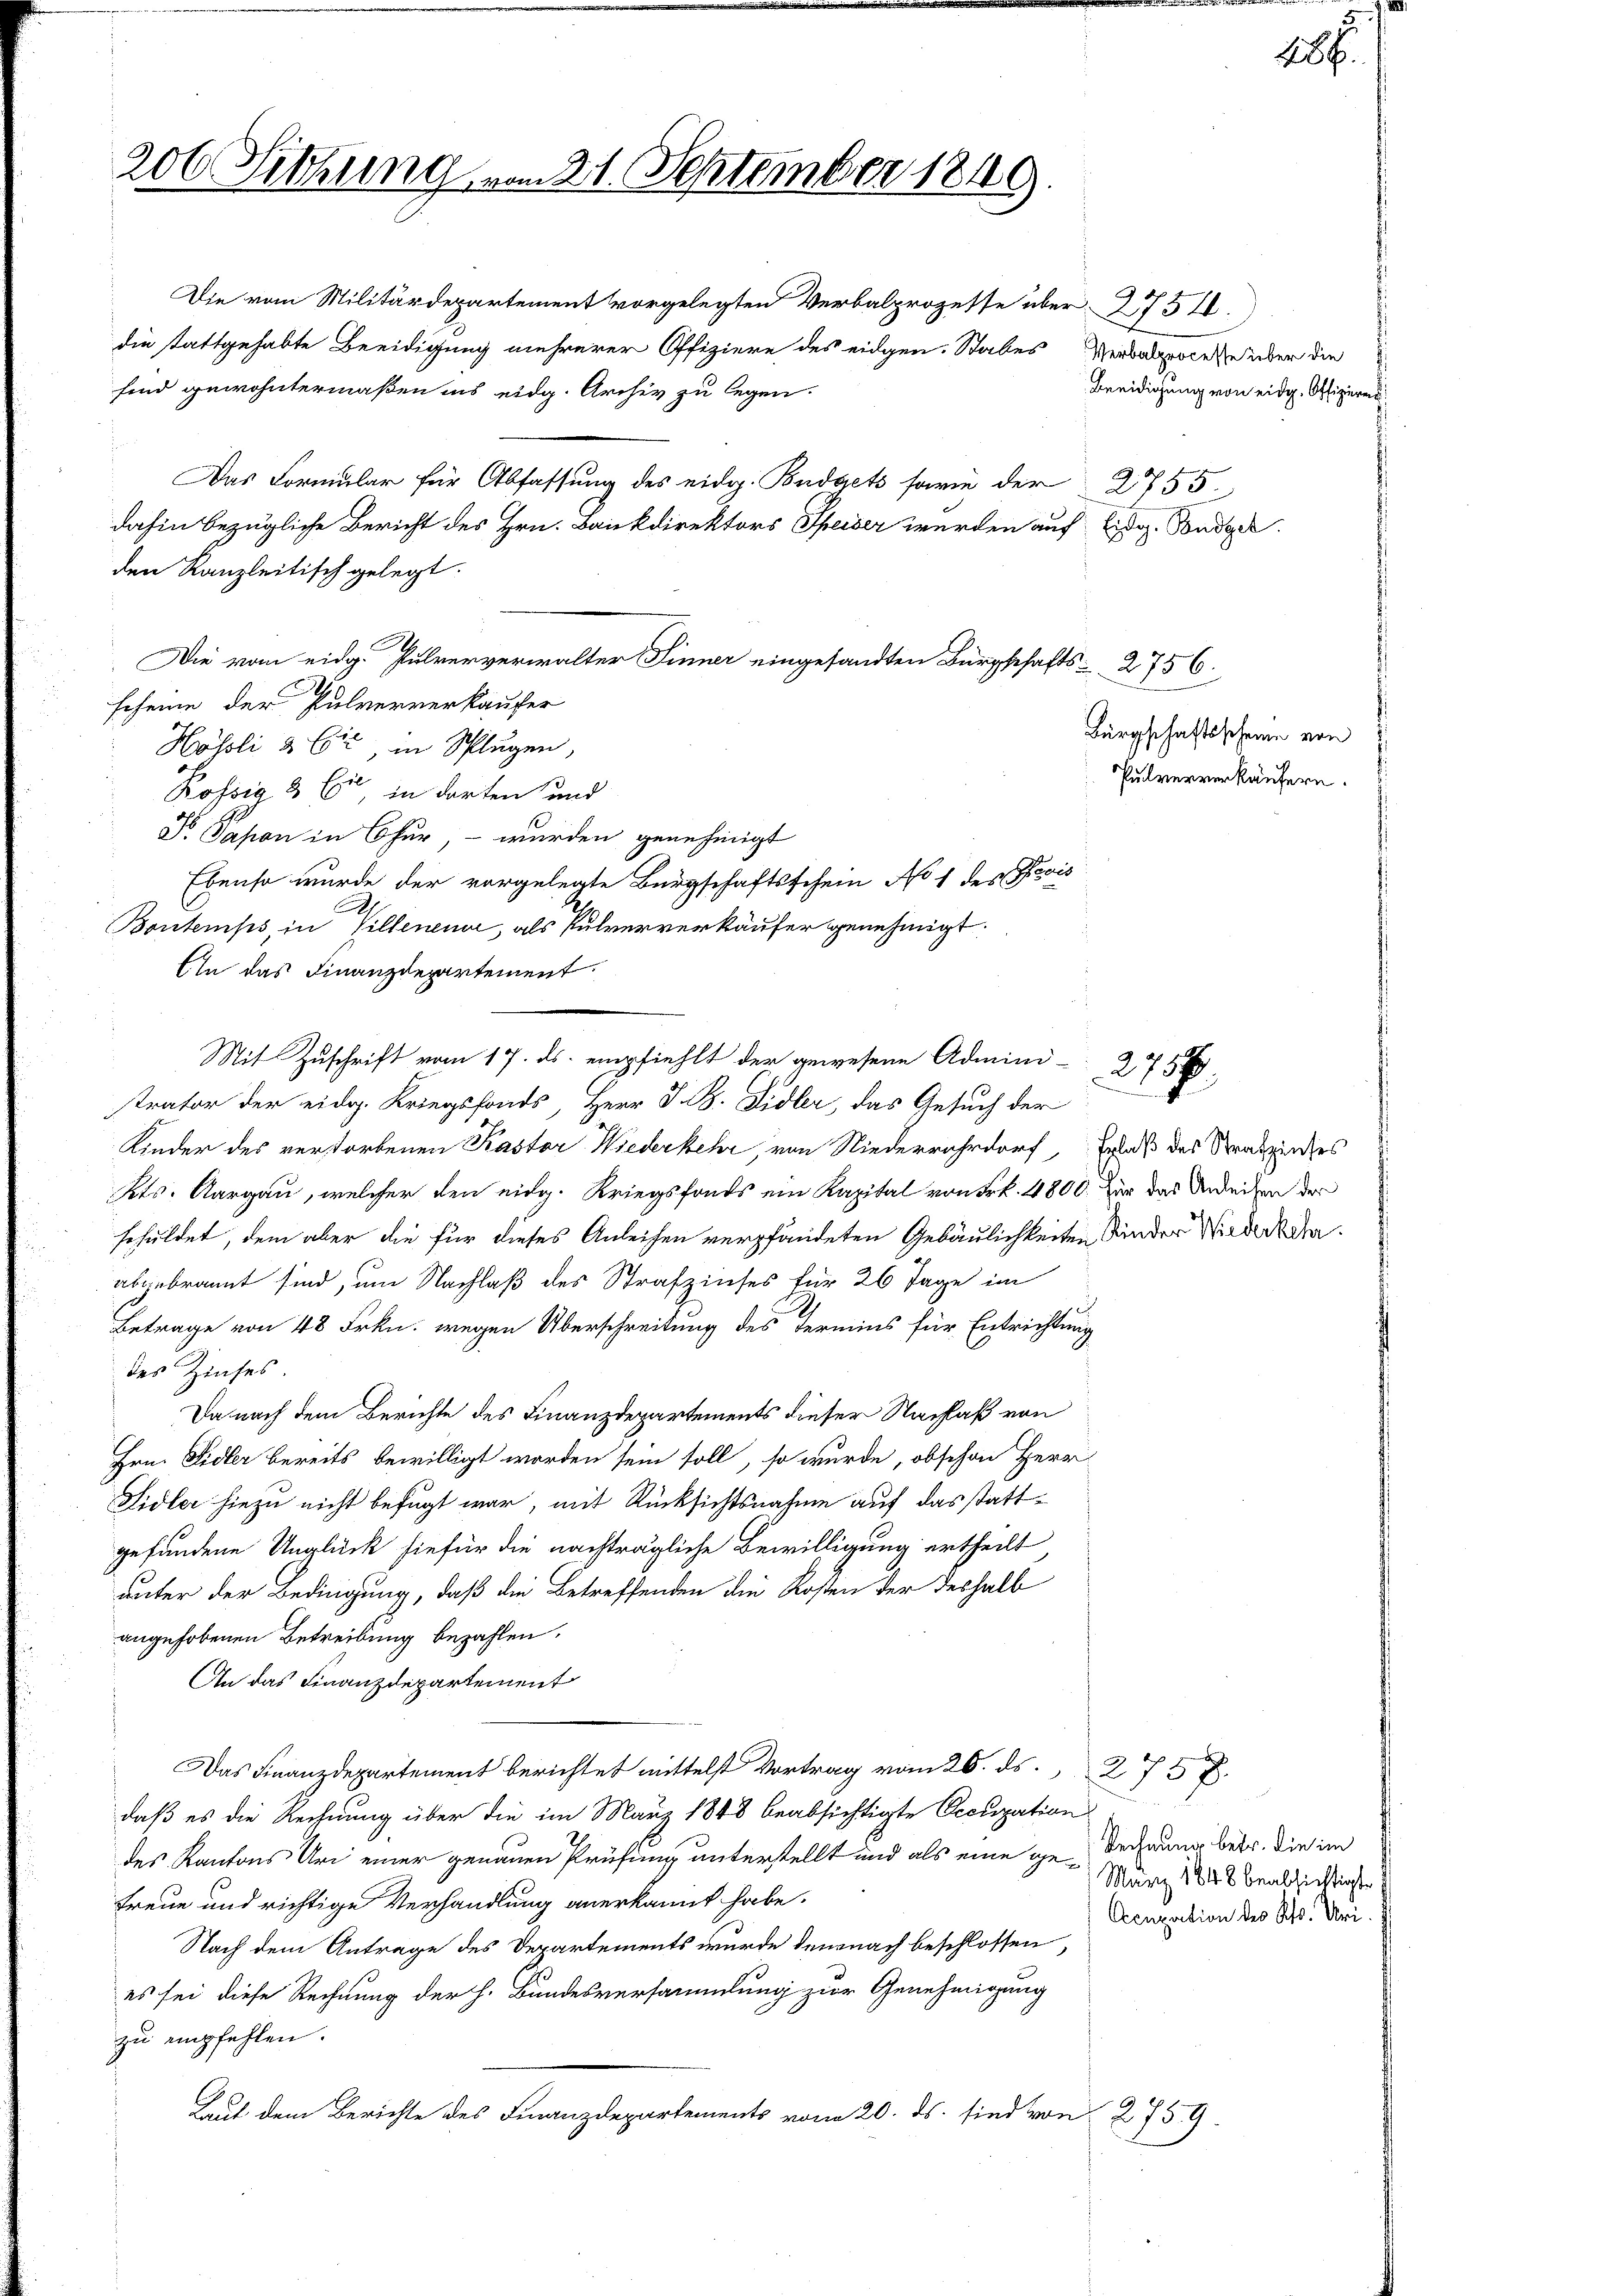
206 Sitzung vom 21. September 1849.

Die vom Militärdepartement vorgelegten Verbalprozesse über 3754.
die stattgehabte Beeidigung mehrerer Offiziere des eidgen. Stabes Verbalproces, über die
sind gewohntermaßen ins eidg. Archiv zu legen.
Das Formular für Abfassung des eidg. Budgets sowie der 2755.
dahin bezügliche Bericht des Hrn. Bankdirektors Speiser werden auf Eidg. Sondere
den Kanzleitisch gelegt.
Die vom eidg. Pulververwalter Sinner eingesandten Bürgschafts- 2756.
scheine der Pulververkaufer
Hösli & Cie in Splügen,
Kössig & Cie in dorten und
Dr Pason in Chur, – wurden genehmigt
Ebenso wurde der vorgelegte Bürgschaftsschein No 1 des Preis
Bontemps in Villenen, als Pulververkäufer genehmigt.
Ein das Finanzdepartement.
strator der eidg. Kriegsfonds, Herr V. B. Sidler, das Gesuch der
Kinder des verstorbenen Kastor Wiederkehr, von Niederrahrdorf, Erlaß des Strassendes
Kts. Aargau, welcher den eidg. Kriegsfonds ein Kapital von Frk. 4800. zur das Indeigen der
schuldet, dem aber die für dieses Anleihen verpfändeten Gebäulichkeiten Kinder Wiederbahn.
abgebrannt sind, um Nachlaß des Strafzinses für 26 Tage im
Betrage von 48 Frkn. wegen Überschreitung des Termins für Entrichtung
des Zinses
Da nach dem Berichte des Finanzdepartements dieser Nachlaß von
Hrn. Sidler bereits bewilligt worden sein soll, so wurde, obschon Herr
Sidler hiezu nicht befugt war, mit Rücksichtsnahme auf das stattgefandene Unglück hiefür die nachträgliche Bewilligung ertheilt
unter der Bedingung, daß die Betreffenden die Kosten der deshalb
angehobenen Betreibung bezahlen.
An das Finanzdepartement
Das Finanzdepartement berichtet mittelst Vortrag vom 20. ds. 273 f.
.
daß es die Rechnung über die im März 1848 beabsichtigte Occupation
des Kantons Uri einer genauen Prüfung unterstellt und als eine ge- Rechnung betr. die im
März 1848 beabsichtigt.
treue und richtige Verhandlung anerkannt habe.
Acupation des Kts. Uri.
Nach dem Antrage des Departements wurde demnach beschlossen,
es sei diese Rechnung der h. Bundesversammlung zur Genehmigung
zu empfehlen.
Laut dem Berichte des Finanzdepartements vom 20. ds. sind von 2759.

Mit Zuschrift vom 17. ds. empfiehlt der gewesene Admini-275

Beeidigung von eidg. Offizieren

Bürgschaftsscheine von
Pulververkäufern.

f

286.